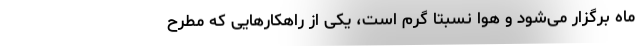
ماه برگزار می‌شود و هوا نسبتاً گرم است، یکی از راهکارهایی که مطرح